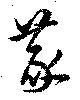
篆